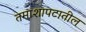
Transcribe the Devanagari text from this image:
तमाशापटातील